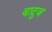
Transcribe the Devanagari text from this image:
वादुज